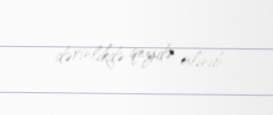
dərinlikdə qeydə alınıb.